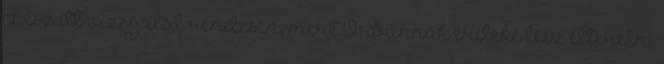
Lesz itt vizsgálat rendesen, mert Orbánnak érdeke lesz elterelni